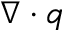
\nabla \cdot q